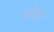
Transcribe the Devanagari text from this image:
खोडरों